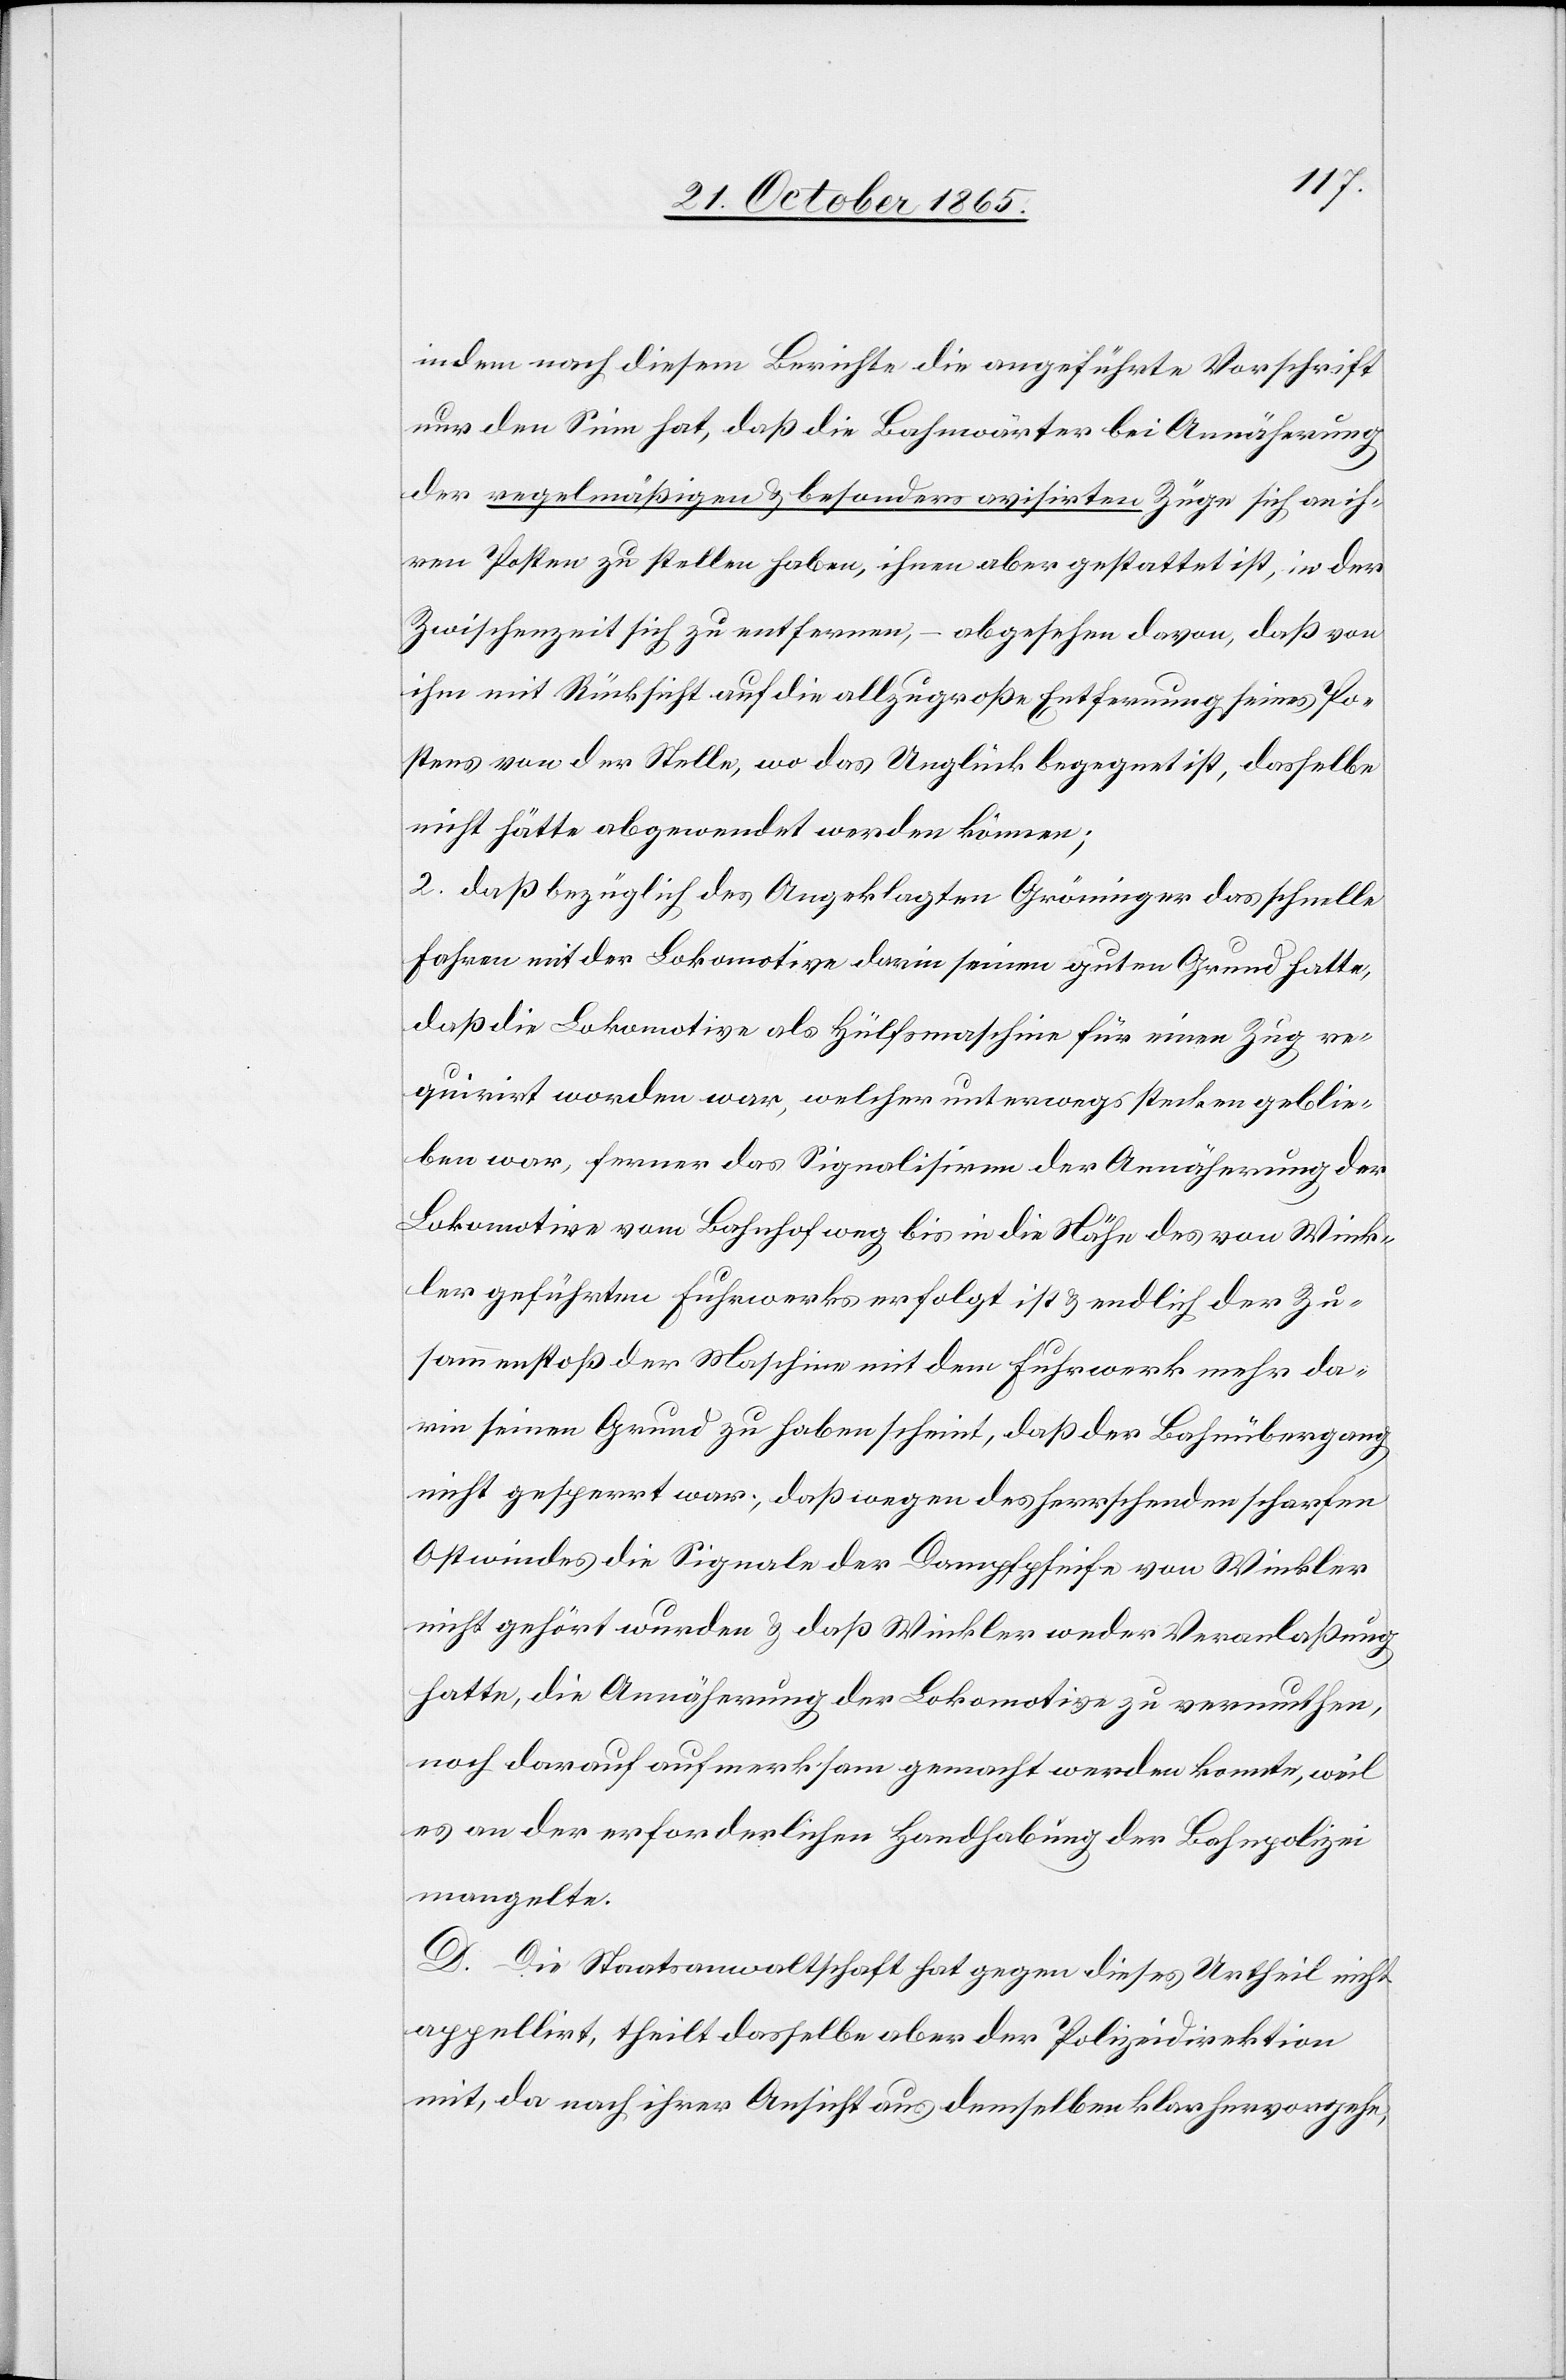
indem nach diesem Berichte die angeführte Vorschrift
nur den Sinn hat, daß die Bahnwärter bei Annäherung
der regelmäßigen & besonders avisirten Züge sich an ih¬
ren Posten zu stellen haben, ihnen aber gestattet ist, in der
Zwischenzeit sich zu entfernen, – abgesehen davon, daß von
ihm mit Rücksicht auf die allzugroße Entfernung seines Po¬
stens von der Stelle, wo das Unglück begegnet ist, dasselbe
nicht hätte abgewandt werden können;
2. daß bezüglich des Angeklagten Gröninger das schnelle
Fahren mit der Lokomotive darin seinen guten Grund hatte,
daß die Lokomotive als Hülfsmaschine für einen Zug re¬
quirirt worden war, welcher unterwegs stehen geblie¬
ben war, ferner das Signalisiren der Annäherung der
Lokomotive vom Bahnhof weg bis in die Nähe des von Wink¬
ler geführten Fuhrwerks erfolgt ist & endlich der Zu¬
sammenstoß der Maschine mit dem Fuhrwerk mehr da¬
rin seinen Grund zu haben scheint, daß der Bahnübergang
nicht gesperrt war; daß wegen des herrschenden scharfen
Ostwindes die Signale der Dampfpfeife von Winkler
nicht gehört wurden & daß Winkler weder Veranlaßung
hatte, die Annäherung der Lokomotive zu vermuthen,
noch darauf aufmerksam gemacht werden konnte, weil
es an der erforderlichen Handhabung der Bahnpolizei
mangelte.
D. Die Staatsanwaltschaft hat gegen dieses Urtheil nicht
appellirt, theilt dasselbe aber der Polizeidirektion
mit, da nach ihrer Ansicht aus demselben klar hervorgehe,